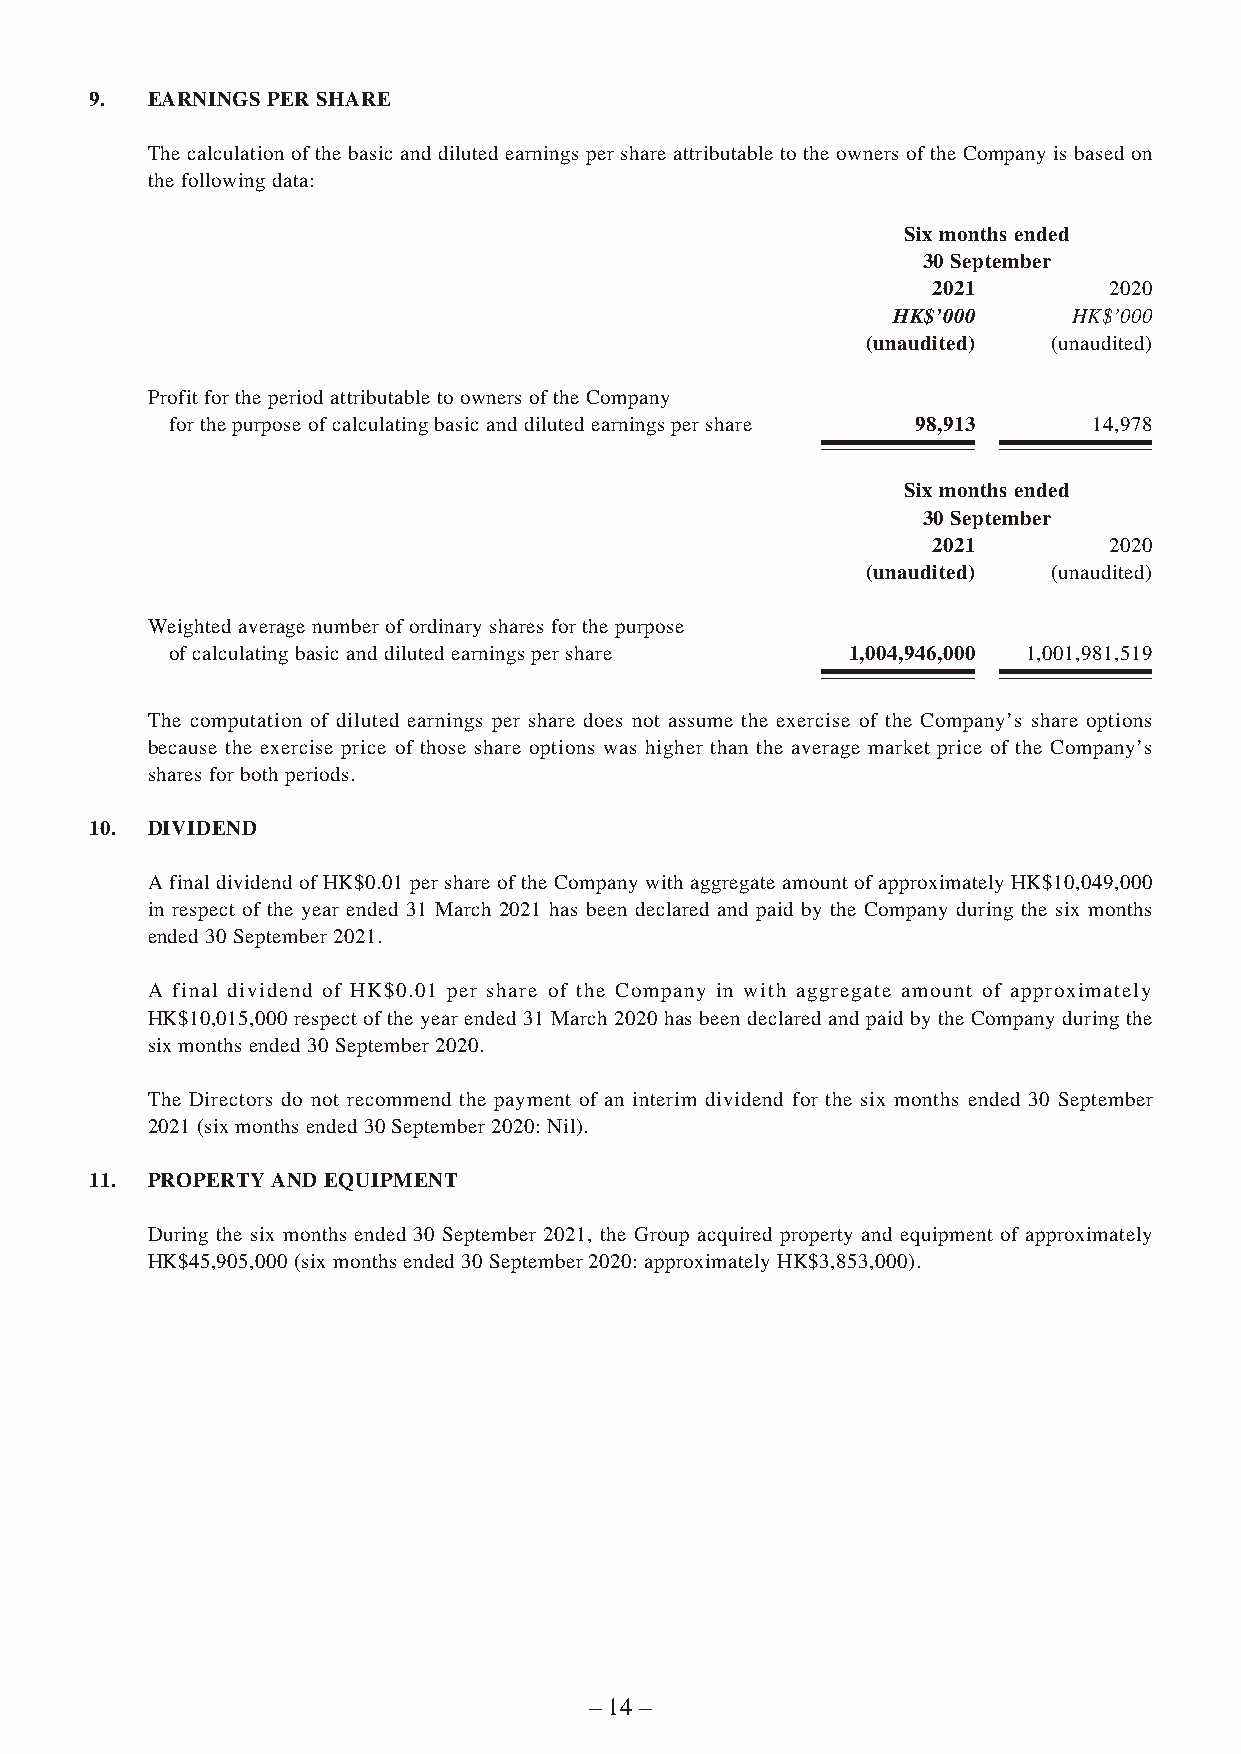
9.  EARNINGS PER SHARE
 The calculation of the basic and diluted earnings per share attributable to the owners of the Company is based on
 the following data:
 Six months ended
 30 September
 2021       2020
 HK$’000     HK$’000
 (unaudited)  (unaudited)
 Profit for the period attributable to owners of the Company
 for the purpose of calculating basic and diluted earnings per share 98,913 14,978
 Six months ended
 30 September
 2021       2020
 (unaudited)  (unaudited)
 Weighted average number of ordinary shares for the purpose
 of calculating basic and diluted earnings per share 1,004,946,000 1,001,981,519
 The computation of diluted earnings per share does not assume the exercise of the Company’s share options
 because the exercise price of those share options was higher than the average market price of the Company’s
 shares for both periods.
 10. DIVIDEND
 A final dividend of HK$0.01 per share of the Company with aggregate amount of approximately HK$10,049,000
 in respect of the year ended 31 March 2021 has been declared and paid by the Company during the six months
 ended 30 September 2021.
 A final dividend of HK$0.01 per share of the Company in with aggregate amount of approximately
 HK$10,015,000 respect of the year ended 31 March 2020 has been declared and paid by the Company during the
 six months ended 30 September 2020.
 The Directors do not recommend the payment of an interim dividend for the six months ended 30 September
 2021 (six months ended 30 September 2020: Nil).
 11. PROPERTY AND EQUIPMENT
 During the six months ended 30 September 2021, the Group acquired property and equipment of approximately
 HK$45,905,000 (six months ended 30 September 2020: approximately HK$3,853,000).
 – 14 –